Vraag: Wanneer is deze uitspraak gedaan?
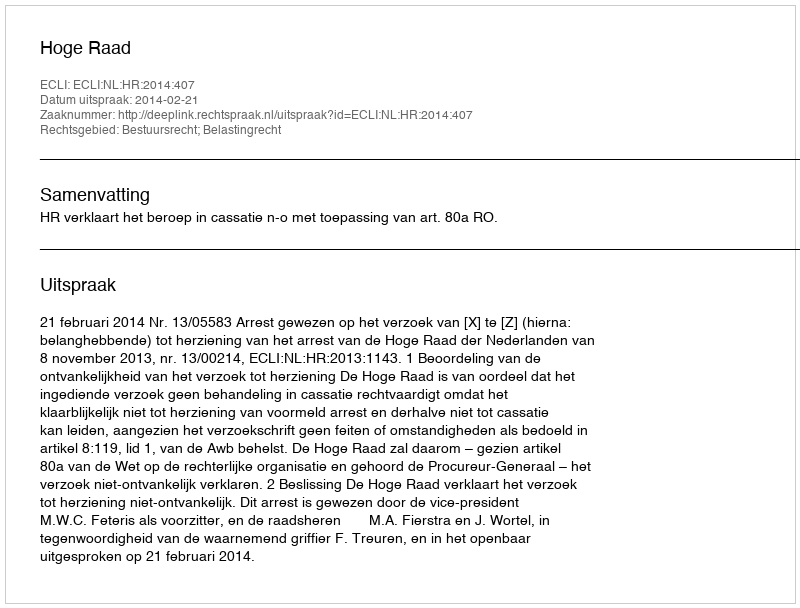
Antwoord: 2014-02-21